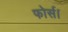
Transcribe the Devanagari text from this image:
फोर्स।